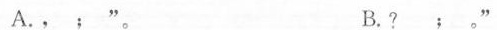
A.， ； ” 。 B.？ ； 。 ”